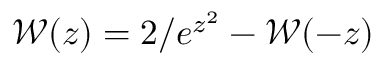
\mathcal { W } ( z ) = 2 / e ^ { z ^ { 2 } } - \mathcal { W } ( - z )